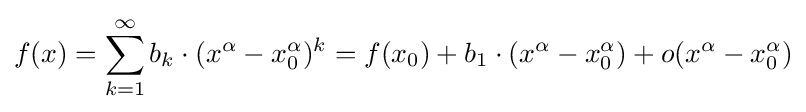
f(x)=\sum _{k=1}^{\infty }b_{k}\cdot (x^{\alpha }-x_{0}^{\alpha })^{k}=f(x_{0})+b_{1}\cdot (x^{\alpha }-x_{0}^{\alpha })+o(x^{\alpha }-x_{0}^{\alpha })